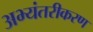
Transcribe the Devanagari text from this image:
अभ्यंतरीकरण